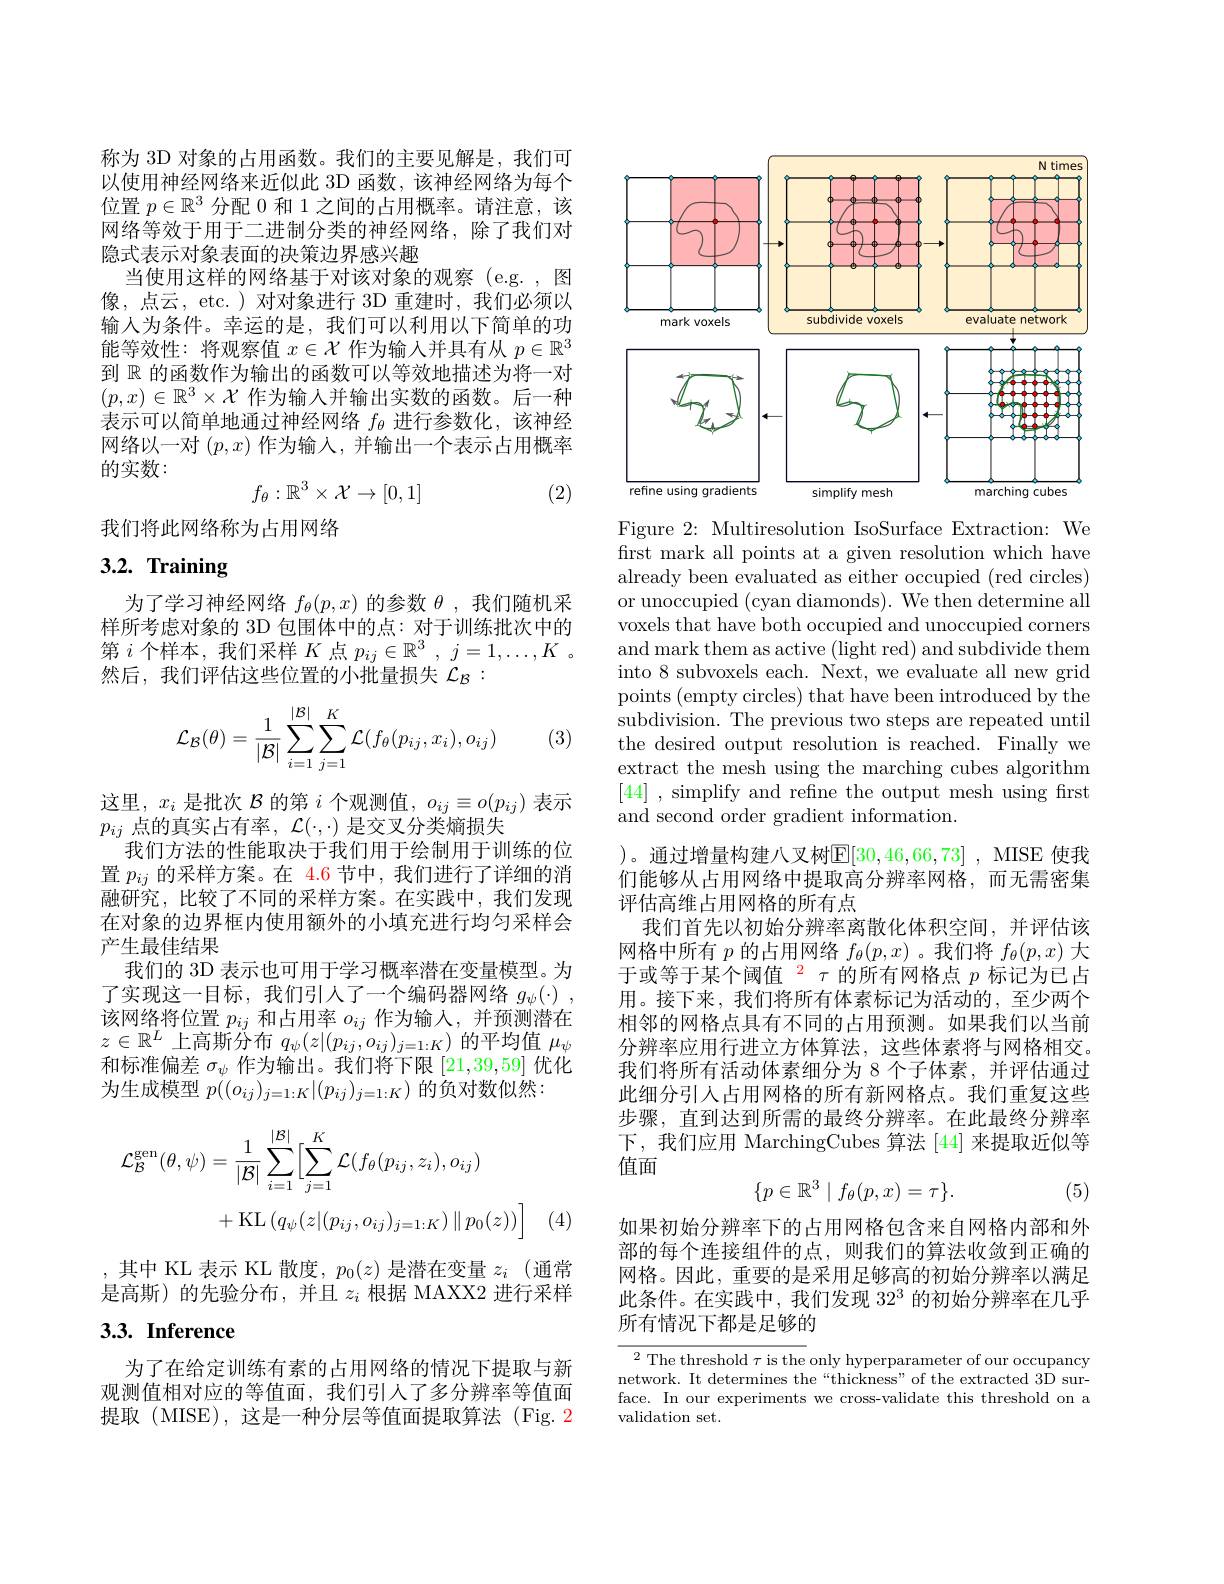
称为 3D 对象的占用函数。我们的主要见解是，我们可以使用神经网络来近似此 3D 函数，该神经网络为每个位置$p\in\mathbb{R}^3$分配 0 和 1 之间的占用概率。请注意，该网络等效于用于二进制分类的神经网络，除了我们对隐式表示对象表面的决策边界感兴趣
当使用这样的网络基于对该对象的观察(e.g. , 图像，点云，etc.) 对对象进行 3D 重建时，我们必须以输入为条件。幸运的是，我们可以利用以下简单的功能等效性：将观察值$x\in\mathcal{X}$作为输入并具有从$p\in\mathbb{R}^3$ 到$\mathbb{R}$的函数作为输出的函数可以等效地描述为将一对$(p,x)\in\mathbb{R}^3\times\mathcal{X}$作为输人并输出实数的函数。后一种表示可以简单地通过神经网络$f_\mathrm{\theta}$进行参数化，该神经网络以一对$(p,x)$作为输入，并输出一个表示占用概率的实数：
$$f_\theta:\mathbb{R}^3\times\mathcal{X}\to[0,1]$$
(2)

我们将此网络称为占用网络

# 3.2. Training

为了学习神经网络$f_\theta(p,x)$的参数$\theta$ ,我们随机采样所考虑对象的 3D 包围体中的点：对于训练批次中的第$i$个样本，我们采样$K$点$p_ij\in\mathbb{R}^3,j=1,\ldots,K$ 。然后，我们评估这些位置的小批量损失$\mathcal{L}_B:$
$$\mathcal{L}_{\mathcal{B}}(\theta)=\frac{1}{|\mathcal{B}|}\sum_{i=1}^{|\mathcal{B}|}\sum_{j=1}^{K}\mathcal{L}(f_{\theta}(p_{ij},x_{i}),o_{ij})$$
(3)

这里，$x_i$是批次$\mathcal{B}$的第$i$个观测值，$o_ij\equiv o(p_{ij})$表示
$p_{ij}$点的真实占有率，$\mathcal{L}(\cdot,\cdot)$是交叉分类熵损失
我们方法的性能取决于我们用于绘制用于训练的位置$p_{ij}$的采样方案。在 4.6 节中，我们进行了详细的消融研究，比较了不同的采样方案。在实践中，我们发现在对象的边界框内使用额外的小填充进行均匀采样会产生最佳结果
我们的 3D 表示也可用于学习概率潜在变量模型。为了实现这一目标，我们引人了一个编码器网络$g_\psi ( \cdot )$ , 该网络将位置$p_ij$和占用率$o_{ij}$作为输入，并预测潜在$z\in\mathbb{R}^L$上高斯分布$q_\psi(z|(p_{ij},o_{ij})_{j=1:K})$的平均值$\mu_\psi$ 和标准偏差$\sigma_\psi$作为输出。我们将下限 [21,39,59] 优化为生成模型$p((o_{ij})_{j=1:K}|(p_{ij})_{j=1:K})$的负对数似然：
$$\begin{aligned}\mathcal{L}_{\mathcal{B}}^{\mathrm{gen}}(\theta,\psi)&=\frac{1}{|\mathcal{B}|}\sum_{i=1}^{|\mathcal{B}|}\Big[\sum_{j=1}^{K}\mathcal{L}(f_{\theta}(p_{ij},z_{i}),o_{ij})\\&+\mathrm{KL}\left(q_{\psi}(z|(p_{ij},o_{ij})_{j=1:K})\parallel p_{0}(z))\right]\end{aligned}$$
,其中 KL 表示 KL 散度$,p_0(z)$ 是潜在变量 $z_i$ (通常是高斯)的先验分布，并且$z_i$根据 MAXX2 进行采样

# 3.3. Inference

为了在给定训练有素的占用网络的情况下提取与新观测值相对应的等值面，我们引人了多分辨率等值面提取(MISE),这是一种分层等值面提取算法(Fig.2

<FigureHere>

Figure 2: Multiresolution IsoSurface Extraction: We first mark all points at a given resolution which have already been evaluated as either occupied (red circles) or unoccupied (cyan diamonds). We then determine all voxels that have both occupied and unoccupied corners and mark them as active (light red) and subdivide them into 8 subvoxels each. Next, we evaluate all new grid points (empty circles) that have been introduced by the subdivision. The previous two steps are repeated until the desired output resolution is reached. Finally we extract the mesh using the marching cubes algorithm [44] , simplify and refine the output mesh using first and second order gradient information.
)。通过增量构建八叉树$\mathbb{E}[30,46,66,73]$ , MISE 使我们能够从占用网络中提取高分辨率网格，而无需密集评估高维占用网格的所有点
我们首先以初始分辨率离散化体积空间，并评估该网格中所有$p$的占用网络$f_\theta(p,x)$ 。我们将$f_\theta(p,x)$大于或等于某个阈值$^2\tau$的所有网格点$p$ 标记为已占用。接下来，我们将所有体素标记为活动的，至少两个相邻的网格点具有不同的占用预测。如果我们以当前分辨率应用行进立方体算法，这些体素将与网格相交。我们将所有活动体素细分为 8 个子体素，并评估通过此细分引人占用网格的所有新网格点。我们重复这些步骤，直到达到所需的最终分辨率。在此最终分辨率下，我们应用 MarchingCubes 算法 [44] 来提取近似等值面
$$\{p\in\mathbb{R}^3\mid f_\theta(p,x)=\tau\}.$$
(5)

如果初始分辨率下的占用网格包含来自网格内部和外部的每个连接组件的点，则我们的算法收敛到正确的网格。因此，重要的是采用足够高的初始分辨率以满足此条件。在实践中，我们发现 32$^3$的初始分辨率在几乎所有情况下都是足够的

$\frac{2\text{ The threshold }\tau\text{ is the }}$only hyperparameter of our occupancy network. It determines the“thickness”of the extracted 3D surface. In our experiments we cross-validate this threshold on a validation set.